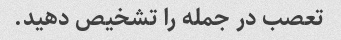
تعصب در جمله را تشخیص دهید.